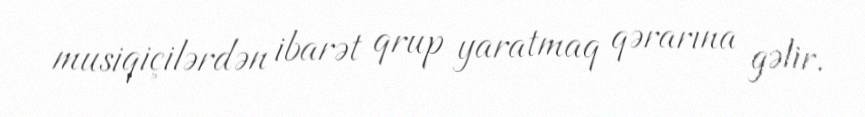
musiqiçilərdən ibarət qrup yaratmaq qərarına gəlir.